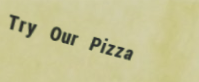
Try Our Pizza